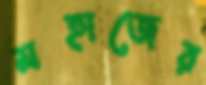
মহাজের